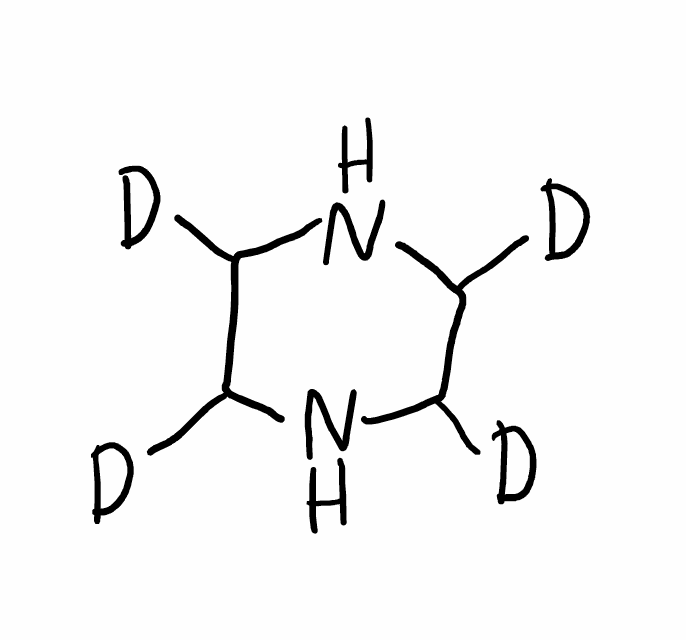
Simplified molecular-input line-entry system (SMILES) notation of the given molecule:
[2H]C1C(NC(C(N1)[2H])[2H])[2H]